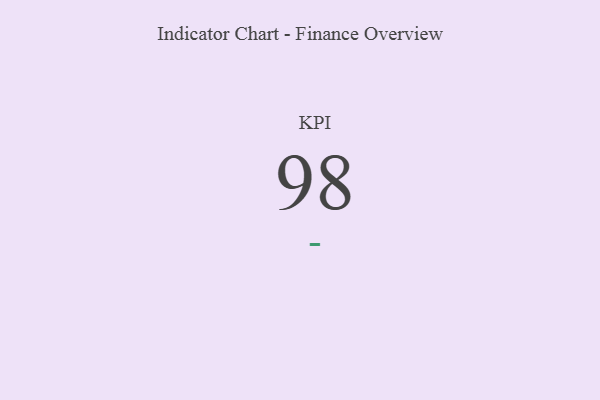
{"axis": {"x": "KPI", "y": "Value"}, "legend": [""], "data": [{"x": "KPI", "y": 98, "type": ""}]}